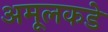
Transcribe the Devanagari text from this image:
अमूलकडे